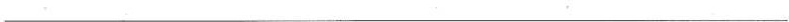
___